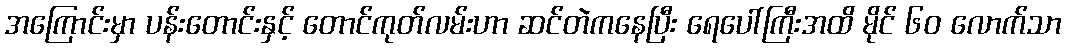
အကြောင်းမှာ ပန်းတောင်းနှင့် တောင်ကုတ်လမ်းဟာ ဆင်တဲကနေပြီး ရေပေါ်ကြီးအထိ မိုင် ၆၀ လောက်သာ